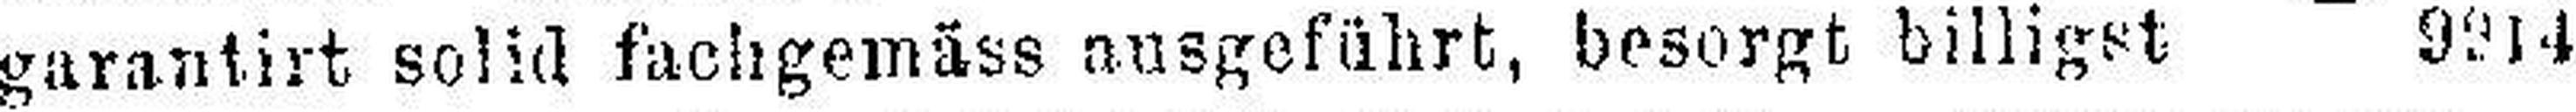
garantirt solid fachgemäss ansgeführt, besorgt billigst 9914